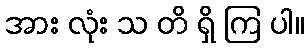
အား လုံး သ တိ ရှိ ကြ ပါ။